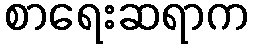
စာရေးဆရာက